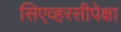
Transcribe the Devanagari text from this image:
सिएव्हरसीपेक्षा